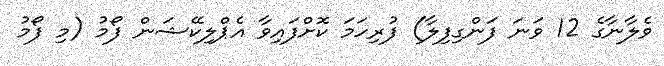
ވެލާނާގެ 12 ވަނަ ފަންގިފިލާ) ފުރިހަމަ ކޮށްފައިވާ އެޕްލިކޭޝަން ފޯމު (މި ފޯމު